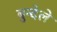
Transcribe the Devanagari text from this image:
बुन्देले